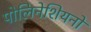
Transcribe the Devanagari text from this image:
पोलिनेशियनों